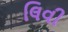
લિવી